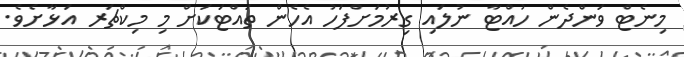
މިނެޓް ވަންދެން ހުއްޓާ ނުލައި ގިރުމަށްފަހު އެހެން ތައްޓަކަށް މި މިކްޗަރ އަޅާށެވެ.